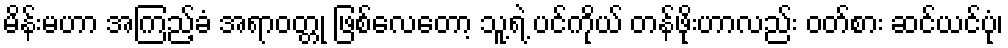
မိန်းမဟာ အကြည့်ခံ အရာဝတ္တု ဖြစ်လေတော့ သူ့ရဲ့ ပင်ကိုယ် တန်ဖိုးဟာလည်း ဝတ်စား ဆင်ယင်ပုံ၊